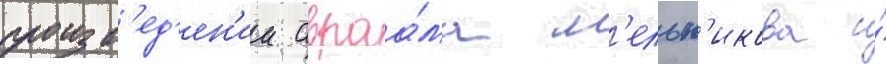
произв'ед'ен'ии авраа́ма м'ельн'икова и́